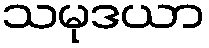
သမုဒယာ